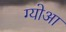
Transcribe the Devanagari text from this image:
ग्योआ